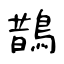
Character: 鵲